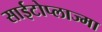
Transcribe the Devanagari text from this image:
साईटोप्लाज्मा